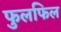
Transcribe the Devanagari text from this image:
फुलफिल